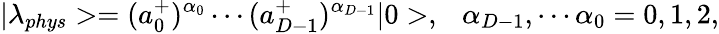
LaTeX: |\lambda_{phys}>=(a_{0}^{+})^{\alpha_{0}}\cdots(a_{D-1}^{+})^{\alpha_{D-1}}|0>,\ \ \ \alpha_{D-1},\cdots\alpha_{0}=0,1,2,